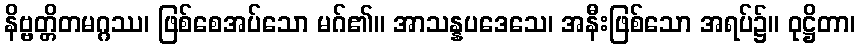
နိဗ္ဗတ္တိတမဂ္ဂဿ၊ ဖြစ်စေအပ်သော မဂ်၏။ အာသန္နပဒေသေ၊ အနီးဖြစ်သော အရပ်၌။ ဝုဋ္ဌိတာ၊